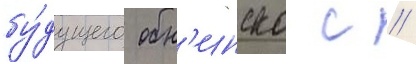
бу́дущего обн'инска с //